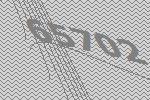
65702